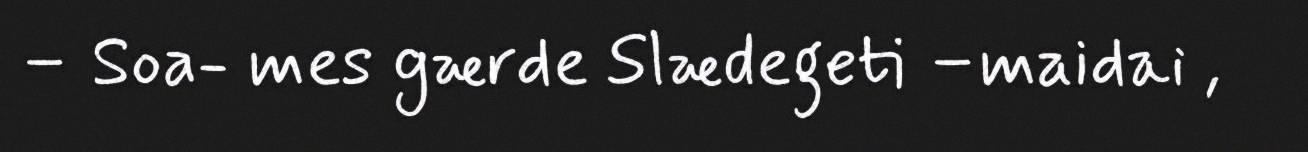
– Soa- mes gærde Slædegeti –maidai ,